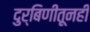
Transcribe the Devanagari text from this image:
दुर्बिणीतूनही